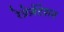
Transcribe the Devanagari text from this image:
रेप्रेज़ेंटेशन